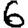
Digit: 6